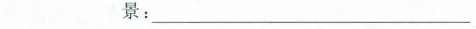
景：______